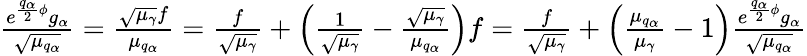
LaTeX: \begin{array}{r}{\frac{e^{\frac{q_{\alpha}}{2}\phi}g_{\alpha}}{\sqrt{\mu_{q_{\alpha}}}}=\frac{\sqrt{\mu_{\gamma}}f}{\mu_{q_{\alpha}}}=\frac{f}{\sqrt{\mu_{\gamma}}}+\left(\frac{1}{\sqrt{\mu_{\gamma}}}-\frac{\sqrt{\mu_{\gamma}}}{\mu_{q_{\alpha}}}\right)f=\frac{f}{\sqrt{\mu_{\gamma}}}+\left(\frac{\mu_{q_{\alpha}}}{\mu_{\gamma}}-1\right)\frac{e^{\frac{q_{\alpha}}{2}\phi}g_{\alpha}}{\sqrt{\mu_{q_{\alpha}}}}}\end{array}